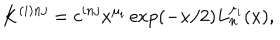
K ^ { ( i ) n j } = c ^ { i n j } x ^ { \mu _ { i } } \exp ( - x / 2 ) L _ { n } ^ { \mu _ { i } } ( x ) ,